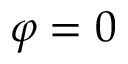
\varphi = 0